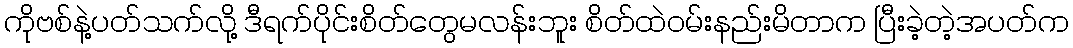
ကိုဗစ်နဲ့ပတ်သက်လို့ ဒီရက်ပိုင်းစိတ်တွေမလန်းဘူး စိတ်ထဲဝမ်းနည်းမိတာက ပြီးခဲ့တဲ့အပတ်က